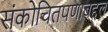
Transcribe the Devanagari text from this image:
संकोचितपणाबद्दल